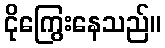
ငိုကြွေးနေသည်။